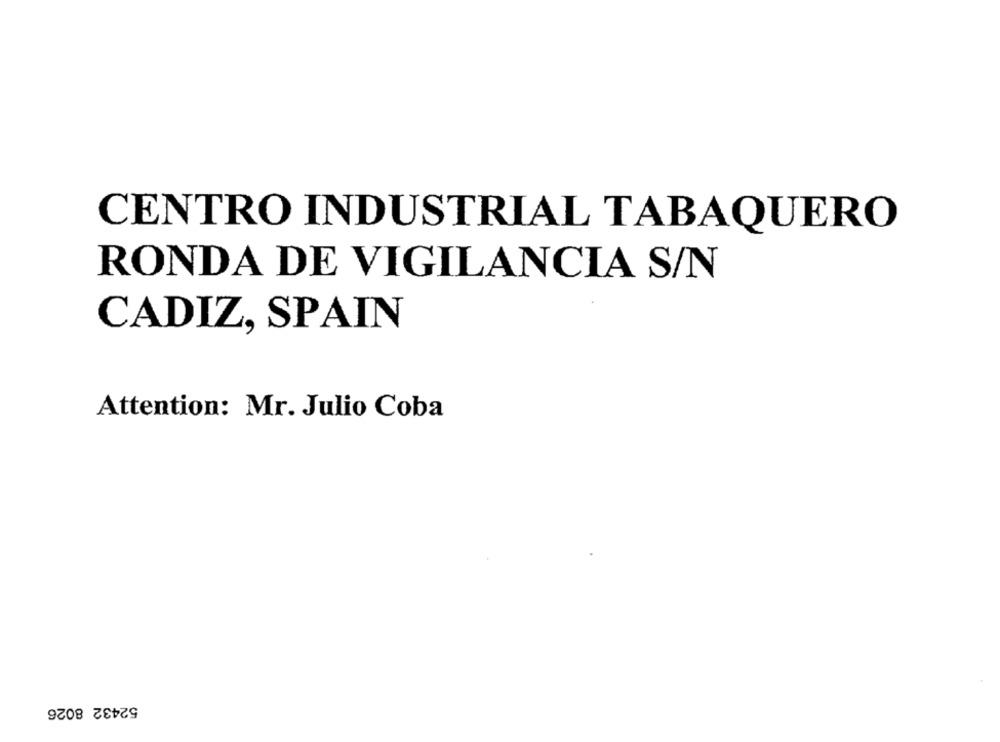
CENTRO INDUSTRIAL TABAQUERO
RONDA DE VIGILANCIA S/N
CADIZ, SPAIN
Attention: Mr. Julio Coba
52432 8026